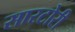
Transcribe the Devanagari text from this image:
सारटोरी